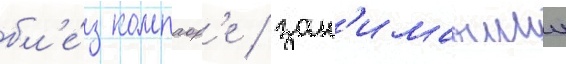
бл'е́з компаор'е / зан'имавшии